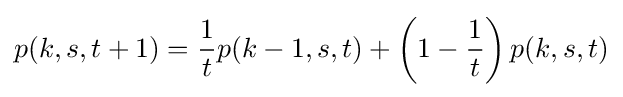
p(k,s,t+1)={\frac {1}{t}}p(k-1,s,t)+\left(1-{\frac {1}{t}}\right)p(k,s,t)